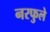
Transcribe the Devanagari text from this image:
नरफुले